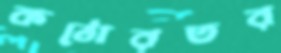
কঠোরতর